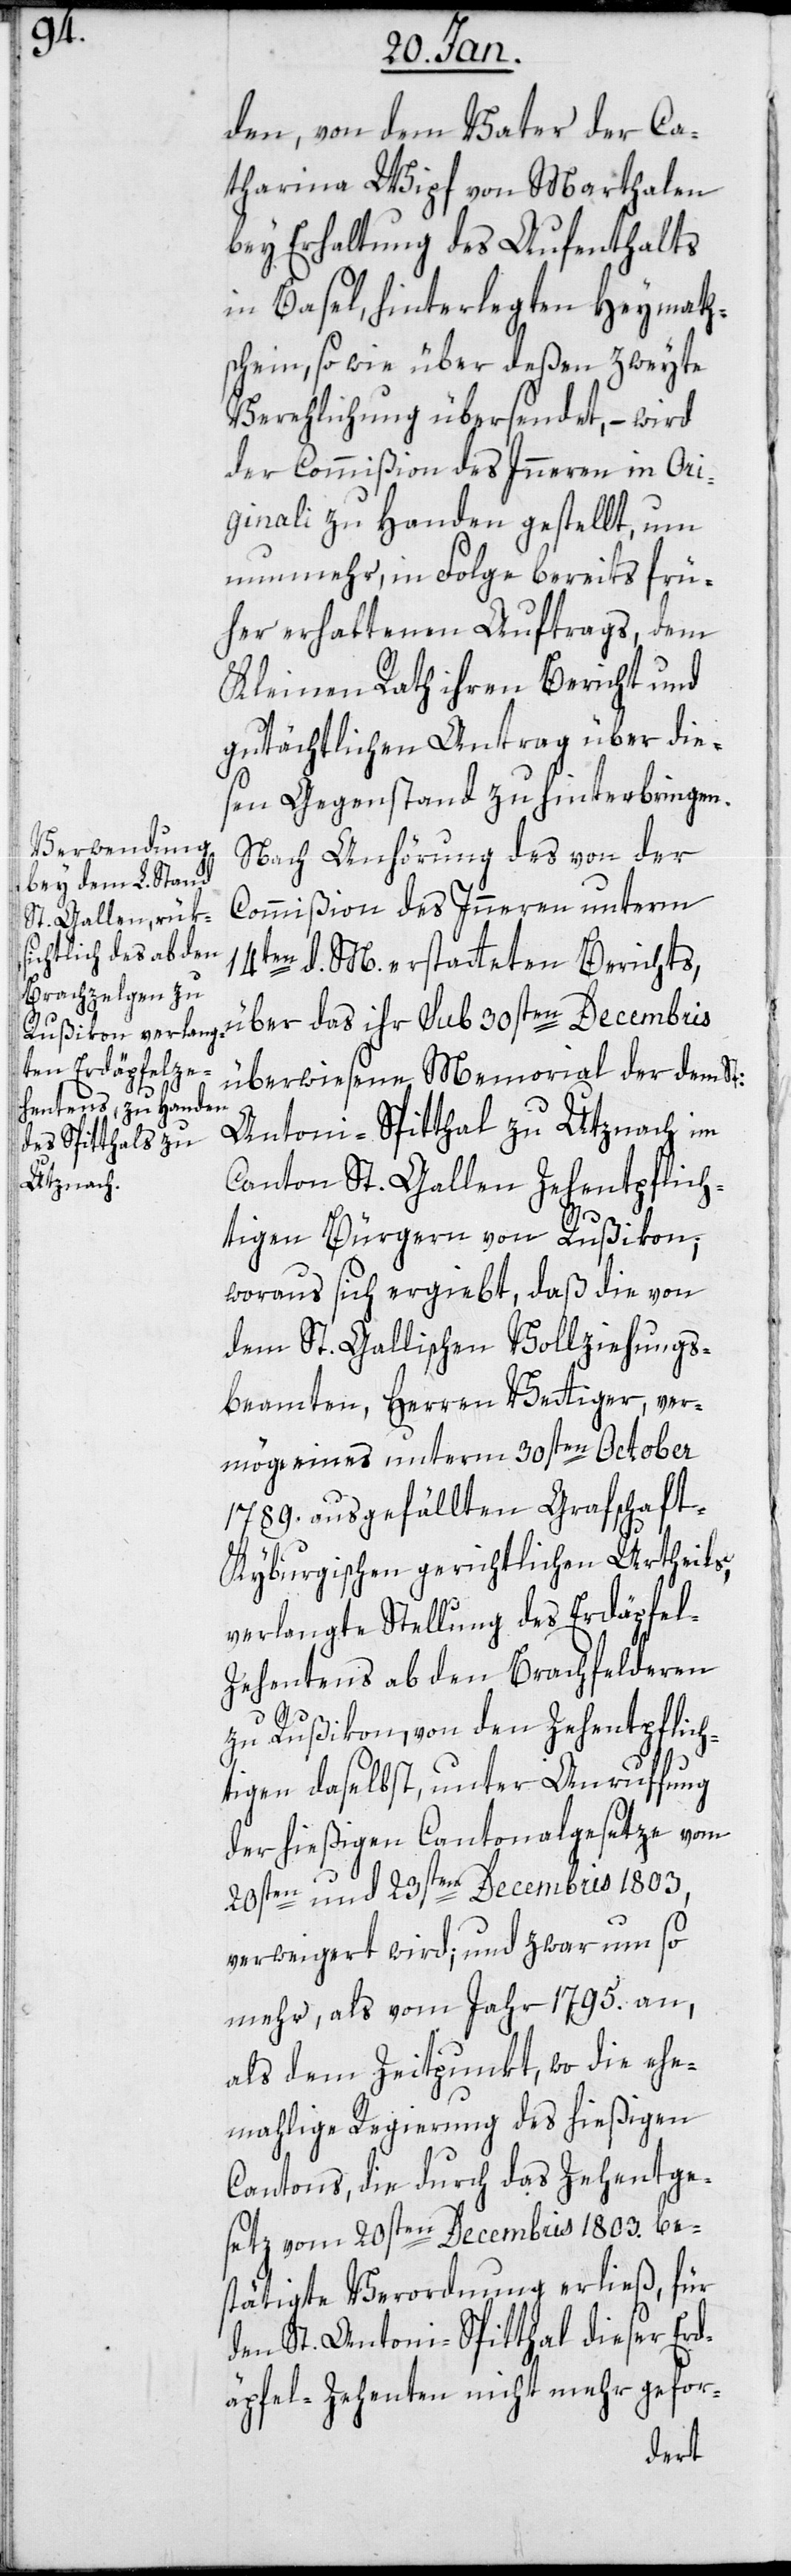
den, von dem Vater der Ca¬
tharina Wipf von Marthalen
bey Erhaltung des Aufenthalts
in Basel hinterlegten Heimath¬
schein, sowie über deßen zweyte
Verehelichung übersendet, – wird
der Commißion des Inneren in Ori¬
ginali zu Handen gestellt, um
nunmehr in Folge bereits frü¬
her erhaltenen Auftrags, dem
Kleinen Rath ihren Bericht und
gutächtlichen Antrag über die¬
sen Gegenstand zu hinterbringen.
Nach Anhörung des von der
Commißion des Innern unterm
14ten d. M. erstatteten Berichts,
über das ihr sub 30sten Decembris
überwiesene Memorial der dem St:
Antoni-Spitthal zu Utznach im
Canton St. Gallen Zehentpflich¬
tigen Bürgern von Rußikon;
woraus sich ergiebt, daß die von
dem St. Gallischen Vollziehungs¬
beamten, Herren Vettiger, ver¬
möge eines unterm 30sten October
1789. ausgefällten Grafschaft-K¬
yburgischen gerichtlichen Urtheils,
verlangte Stellung des Erdäpfel¬
zehentens ab den Brachfelderen
zu Rußikon, von den Zehentpflich¬
tigen daselbst, unter Anruffung
der hießigen Cantonalgesetze vom
20sten und 23sten Decembris 1803,
verweigert wird; und zwar um so
mehr, als vom Jahr 1795. an,
als dem Zeitpunkt, wo die ehe¬
malige Regierung des hießigen
Cantons, die durch das Zehentge¬
setz vom 20sten Decembris 1803. be¬
stätigte Verordnung erließ, für
den St. Antoni-Spitthal dieser Erd¬
äpfel-Zehenten nicht mehr gefor-